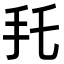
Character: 𢩷